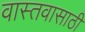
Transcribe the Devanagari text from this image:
वास्तवासाठी